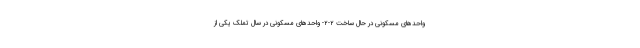
واحدهای مسکونی در حال ساخت ۲-۲- واحدهای مسکونی در سال تملک یکی از